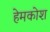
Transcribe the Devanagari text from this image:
हेमकोश